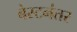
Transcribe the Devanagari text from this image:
बेस्टनंतर